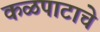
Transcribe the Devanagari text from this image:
कळपाटाचे